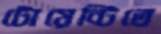
টোয়েন্টিতে